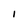
Character: 1